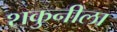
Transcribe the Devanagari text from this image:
शकुनीला